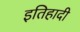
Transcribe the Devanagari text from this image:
इतिहादी